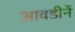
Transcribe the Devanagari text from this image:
आवडीनें